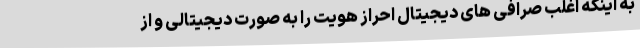
به اینکه اغلب صرافی های دیجیتال احراز هویت را به صورت دیجیتالی و از